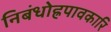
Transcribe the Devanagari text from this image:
निबंधोह्रपावकारि